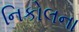
નિકોલના